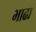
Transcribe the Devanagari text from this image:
भाढा